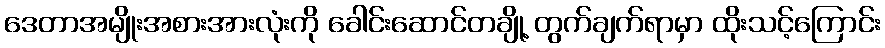
ဒေတာအမျိုးအစားအားလုံးကို ခေါင်းဆောင်တချို့ တွက်ချက်ရာမှာ ထိုးသင့်ကြောင်း